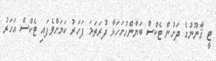
ޓީ ޤާނޫނުގެ ދަށުން ޓެކްސް ބަޔާންހުށަހަޅާ ފުރަތަމަ ފަހަރު ކަމަށްވެފައި ޓެކްސް އަހަރު